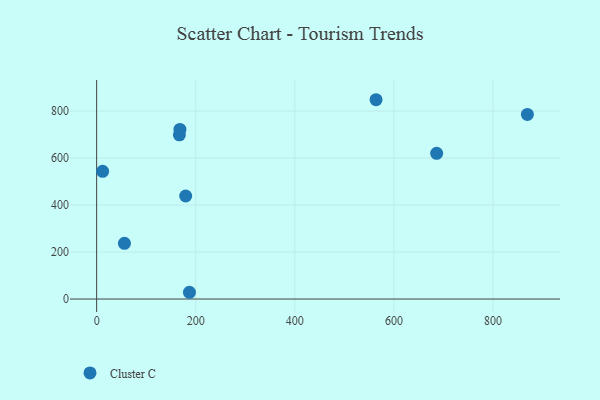
{"axis": {"x": "Experience", "y": "Yield"}, "legend": ["Cluster C"], "data": [{"x": "12.1", "y": 543.6, "type": "Cluster C"}, {"x": "56.1", "y": 237.2, "type": "Cluster C"}, {"x": "167.0", "y": 699.1, "type": "Cluster C"}, {"x": "563.9", "y": 848.4, "type": "Cluster C"}, {"x": "179.7", "y": 438.5, "type": "Cluster C"}, {"x": "187.3", "y": 28.7, "type": "Cluster C"}, {"x": "168.1", "y": 721.9, "type": "Cluster C"}, {"x": "686.2", "y": 620.2, "type": "Cluster C"}, {"x": "869.3", "y": 786.0, "type": "Cluster C"}]}